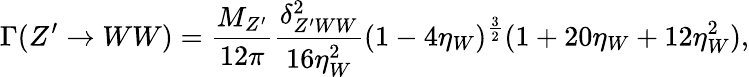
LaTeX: \Gamma(Z^{\prime}\rightarrow WW)=\frac{M_{Z^{\prime}}}{12\pi}\frac{\delta_{Z^{\prime}WW}^{2}}{16\eta_{W}^{2}}(1-4\eta_{W})^{\frac{3}{2}}(1+20\eta_{W}+12\eta_{W}^{2}),